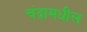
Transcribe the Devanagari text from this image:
चंद्रामधील